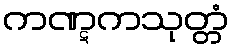
ကဏ္ဋကသုတ္တံ